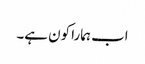
اب ہمارا کون ہے۔